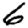
Digit: 6